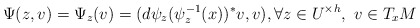
\begin{align*}\Psi(z,v)=\Psi_z(v)=(d\psi_z(\psi_z^{-1}(x))^*v,v),\forall z\in U^{\times h},\ v\in T_xM\end{align*}